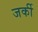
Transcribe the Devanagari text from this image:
जर्की